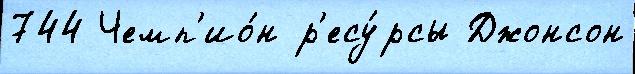
744 Чемп'ио́н р'есу́рсы Джонсон